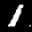
Label: 1